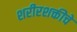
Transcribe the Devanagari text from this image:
शरीरशक्तीचे